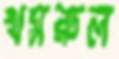
খসরুল